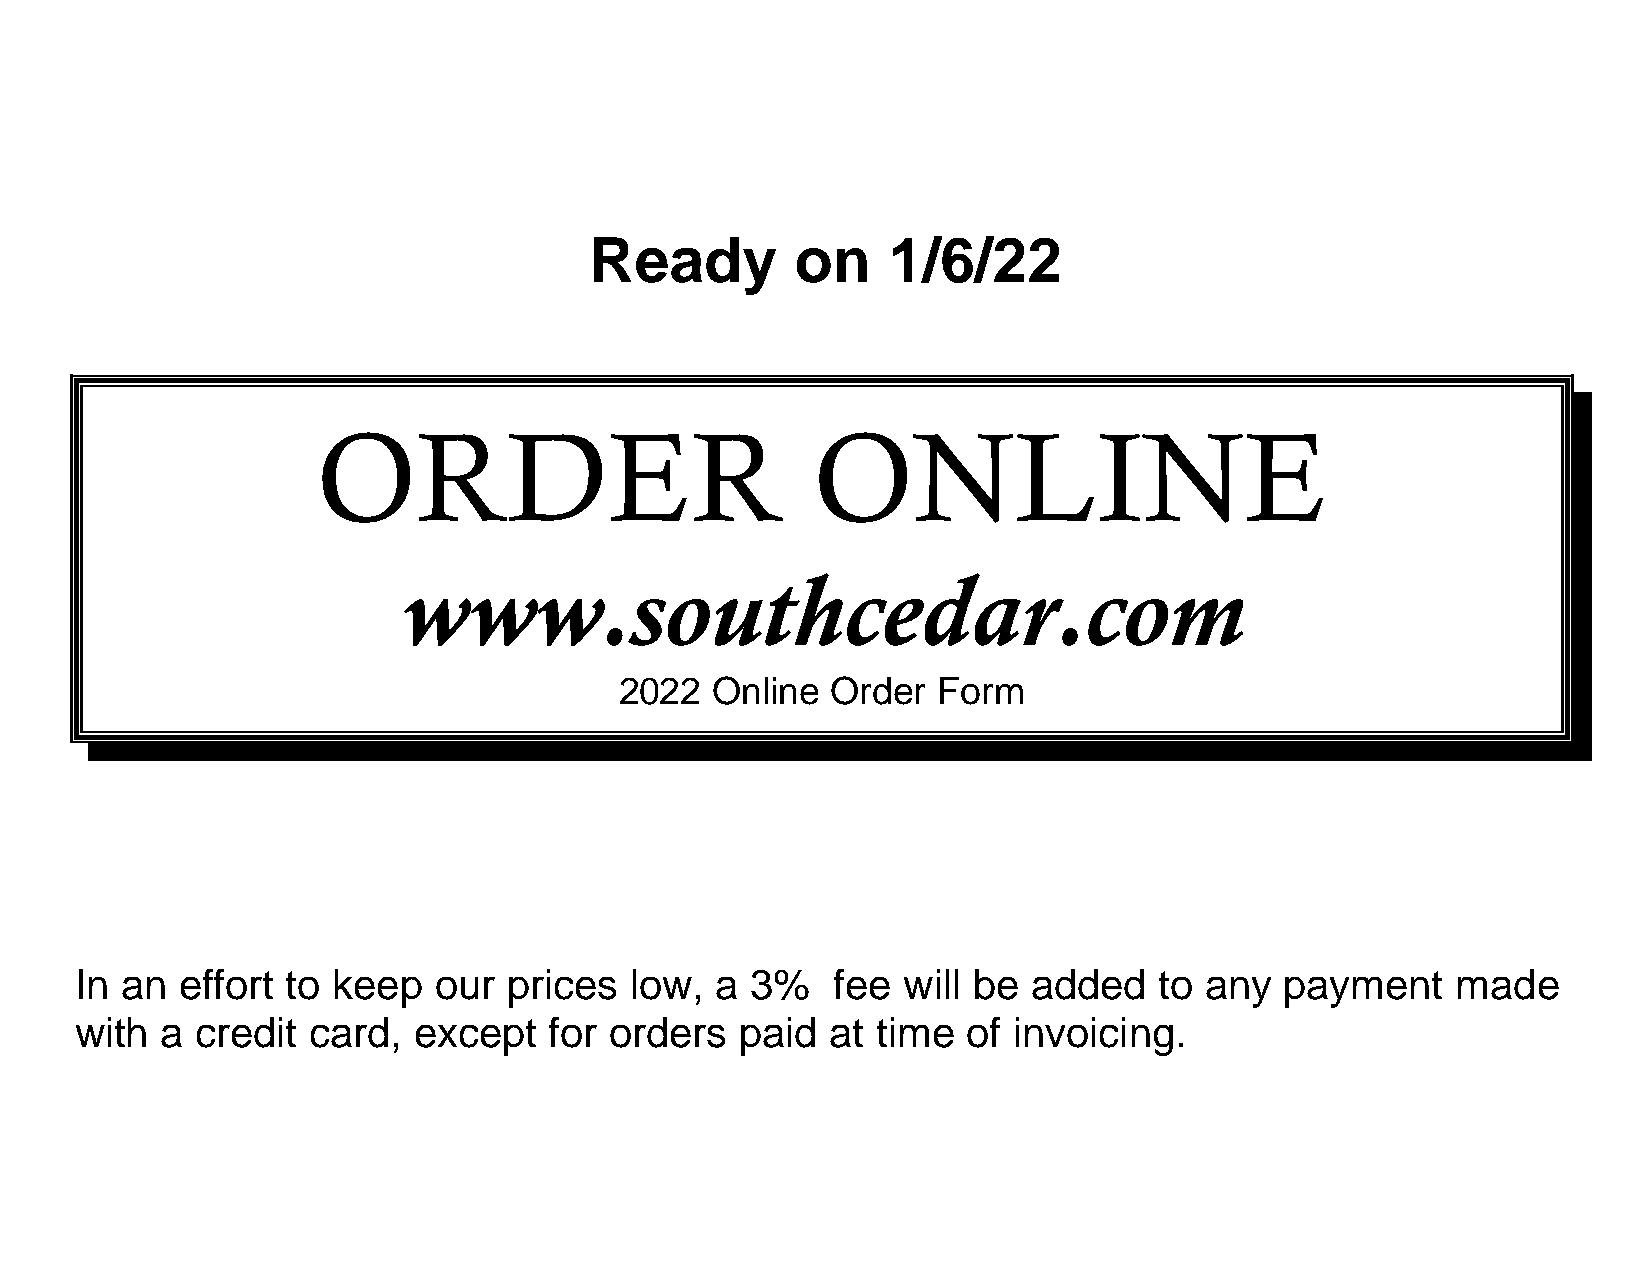
Ready         on    1/6/22
 ORDER                            ONLINE
 OOOORRRRDDDDEEEERRRR   OOOONNNNLLLLIIIINNNNEEEE
 wwwwwwwwwwww....ssssoooouuuutttthhhhcccceeeeddddaaaarrrr....ccccoooommmm
 www.southcedar.com
 2222000011114444 OOOOnnnnlllliiiinnnneeee OOOOrrrrddddeeeerrrr FFFFoooorrrrmmmm ---- rrrreeeeaaaaddddyyyy oooonnnn 1111////22221111////11114444
 2022  Online  Order  Form
 In an  effort to keep   our  prices  low, a  3%   fee  will be added    to any  payment    made
 with  a credit card,  except   for orders   paid  at time  of invoicing.